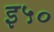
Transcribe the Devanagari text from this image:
इ५०